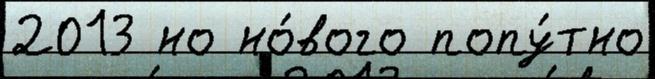
2013 но но́вого попу́тно